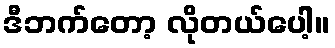
ဒီဘက်တော့ လိုတယ်ပေါ့။